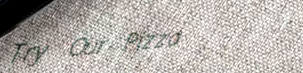
Try Our Pizza